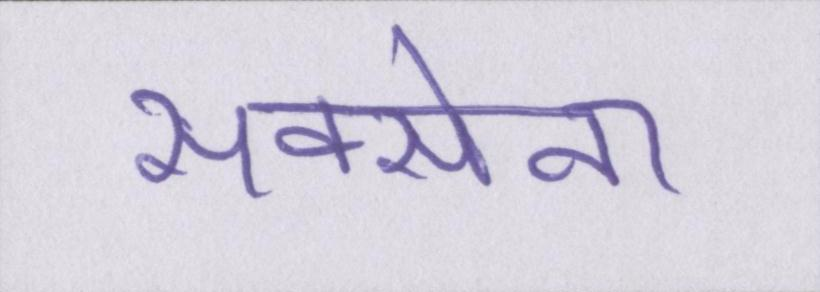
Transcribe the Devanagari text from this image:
सक्सेना